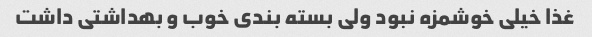
غذا خیلی خوشمزه نبود ولی بسته بندی خوب و بهداشتی داشت